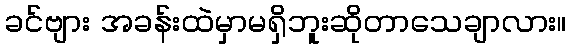
ခင်ဗျား အခန်းထဲမှာမရှိဘူးဆိုတာသေချာလား။